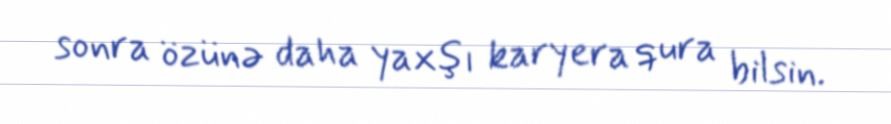
sonra özünə daha yaxşı karyera qura bilsin.